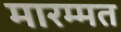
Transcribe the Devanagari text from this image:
मारम्मत